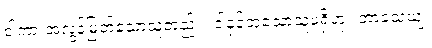
ငါကားအလွန်မြတ်သောသူတည်း။ ငါနှင့်တူသောသူမရှိဟု။ ဘာသေယျ၊